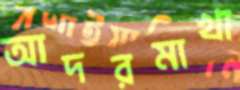
আদরমাখা